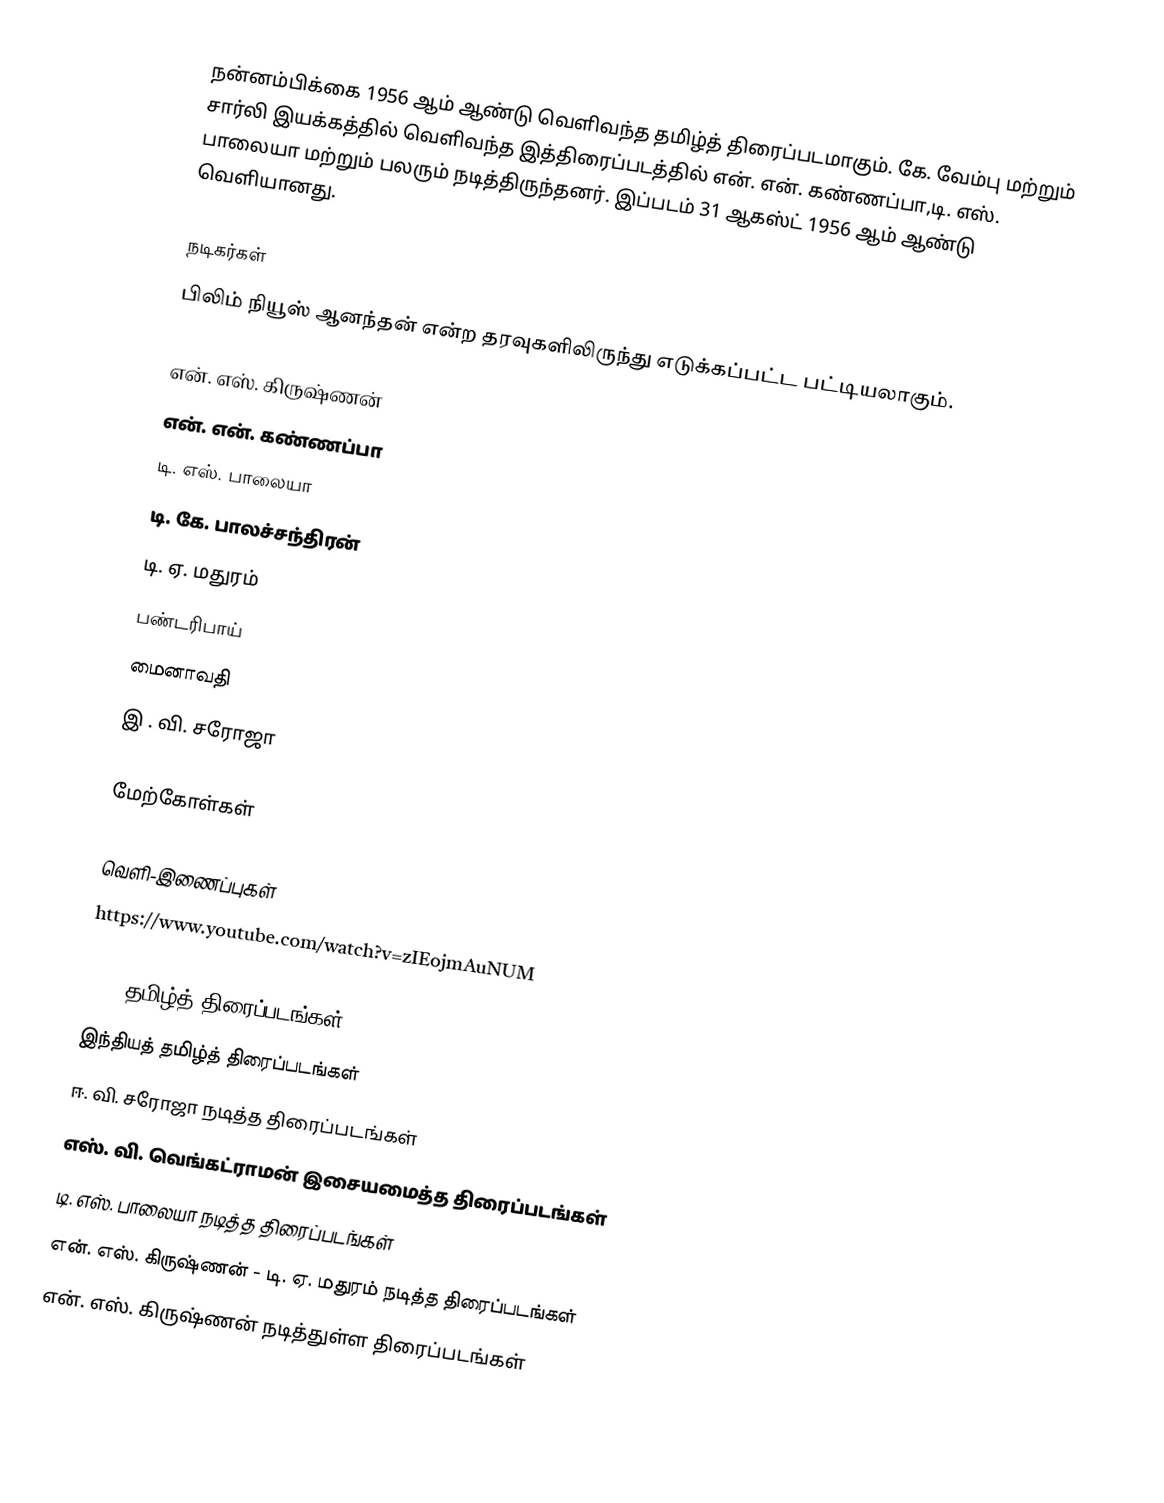
நன்னம்பிக்கை 1956 ஆம் ஆண்டு வெளிவந்த தமிழ்த் திரைப்படமாகும். கே. வேம்பு மற்றும் சார்லி இயக்கத்தில் வெளிவந்த இத்திரைப்படத்தில் என். என். கண்ணப்பா,டி. எஸ். பாலையா மற்றும் பலரும் நடித்திருந்தனர். இப்படம் 31 ஆகஸ்ட் 1956 ஆம் ஆண்டு வெளியானது.

நடிகர்கள்
பிலிம் நியூஸ் ஆனந்தன் என்ற தரவுகளிலிருந்து எடுக்கப்பட்ட பட்டியலாகும்.

 என். எஸ். கிருஷ்ணன்
 என். என். கண்ணப்பா
 டி. எஸ். பாலையா
 டி. கே. பாலச்சந்திரன்
 டி. ஏ. மதுரம்
 பண்டரிபாய்
 மைனாவதி
 இ . வி. சரோஜா

மேற்கோள்கள்

வெளி-இணைப்புகள்
 https://www.youtube.com/watch?v=zIEojmAuNUM

1956 தமிழ்த் திரைப்படங்கள்
இந்தியத் தமிழ்த் திரைப்படங்கள்
ஈ. வி. சரோஜா நடித்த திரைப்படங்கள்
எஸ். வி. வெங்கட்ராமன் இசையமைத்த திரைப்படங்கள்
டி. எஸ். பாலையா நடித்த திரைப்படங்கள்
என். எஸ். கிருஷ்ணன் - டி. ஏ. மதுரம் நடித்த திரைப்படங்கள்
என். எஸ். கிருஷ்ணன் நடித்துள்ள திரைப்படங்கள்